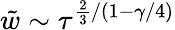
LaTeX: {\tilde{w}}\sim\tau^{\frac{2}{3}/(1-\gamma/4)}